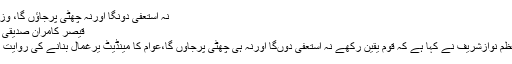
نہ استعفیٰ دونگا اورنہ چھٹی پرجاؤں گا، وزیراعظم کااعلان -
قیصر کامران صدیقی ستمبر 1, 2014
اسلام آباد: وزیراعظم نوازشریف نے کہا ہے کہ قوم یقین رکھے نہ استعفیٰ دوںگا اورنہ ہی چھٹی پرجاؤں گا،عوام کا مینڈیٹ یرغمال بنانے کی روایت نہیں پڑنی چاہئے۔